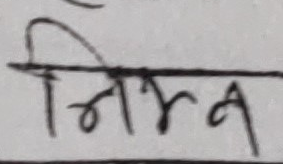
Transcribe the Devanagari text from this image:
निर्भर